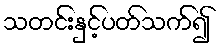
သတင်းနှင့်ပတ်သက်၍